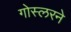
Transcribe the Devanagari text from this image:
गोस्लरने